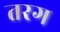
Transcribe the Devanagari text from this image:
तरग